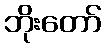
ဘိုးတော်